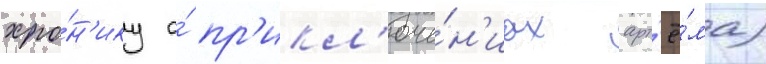
хро́н'ику о́ пр'икл'юче́н'иах арт'ё́ма)